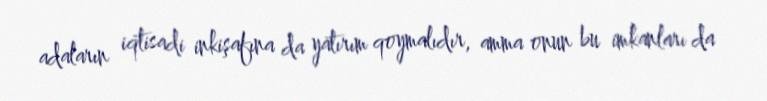
adaların iqtisadi inkişafına da yatırım qoymalıdır, amma onun bu imkanları da